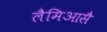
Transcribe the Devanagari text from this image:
लैमिआसै